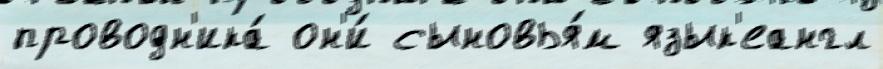
проводн'ика́ он'и́ сыновья́м язык'еангл